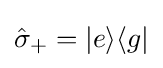
{\hat {\sigma }}_{+}=|e\rangle \langle g|